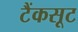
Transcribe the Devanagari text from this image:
टैंकसूट